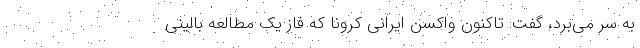
به سر می‌برد، گفت: تاکنون واکسن ایرانی کرونا که فاز یک مطالعه بالینی